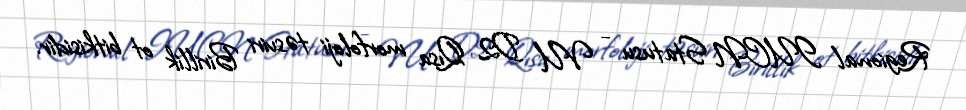
Regional IUCN Statusu - VU D2 Qısa morfoloji təsviri Birillik ot bitkisidir.